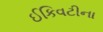
ઈકિવટીના